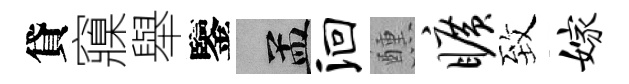
貸䆿舉鑒汴洄醺旷致嫁